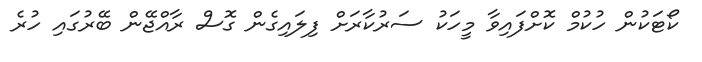
ކޯޓަކުން ހުކުމް ކޮށްފައިވާ މީހަކު ސަރުކާރަށް ފިލައިގެން ގޮސް ރާއްޖޭން ބޭރުގައި ހުރެ